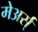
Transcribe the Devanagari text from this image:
मेअर्स्